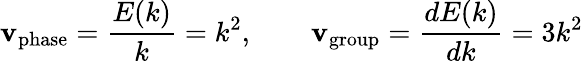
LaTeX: \mathbf{v}_{\mathrm{{phase}}}={\frac{{E(k)}}{{k}}}=k^{2},\qquad\mathbf{v}_{\mathrm{{group}}}={\frac{{dE(k)}}{{dk}}}=3k^{2}